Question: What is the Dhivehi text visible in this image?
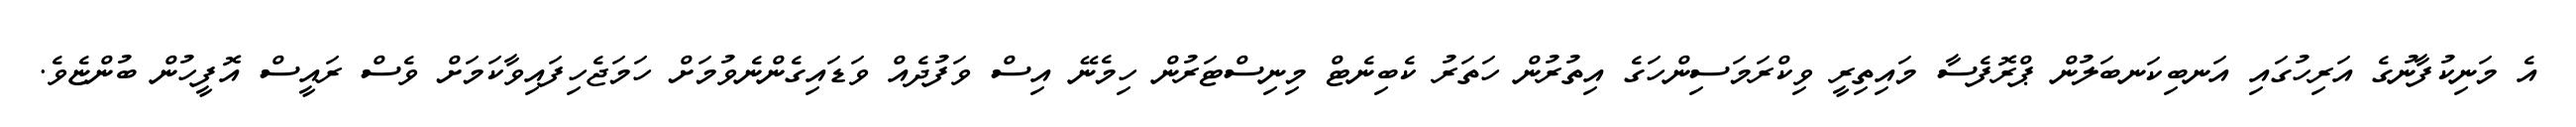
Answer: އެ މަނިކުފާނުގެ އަރިހުގައި އަނބިކަނބަލުން ޕްރޮފެސާ މައިތިރީ ވިކްރަމަސިންހަގެ އިތުރުން ހަތަރު ކެބިނެޓް މިނިސްޓަރުން ހިމެނޭ އިސް ވަފުދެއް ވަޑައިގެންނެވުމަށް ހަމަޖެހިފައިވާކަމަށް ވެސް ރައީސް އޮފީހުން ބުންޏެވެ.